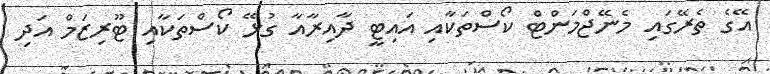
އޭގެ ތެރޭގައި މެނޭޖްމަންޓް ކޯސްތަކާއި އައިޓީ ދާއިރާއާ ގުޅޭ ކޯސްތަކާއި ޓޫރިޒަމް އަދި